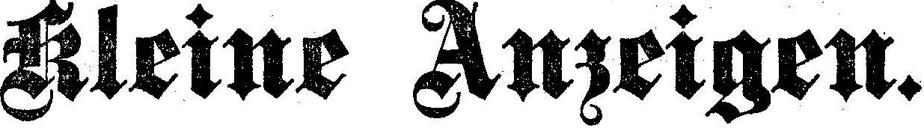
Kleine Anzeigen.